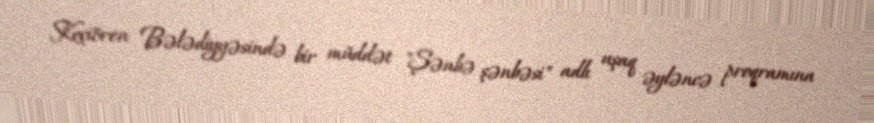
Keçiören Bələdiyyəsində bir müddət "Şənbə şənbəsi" adlı uşaq əyləncə proqramına